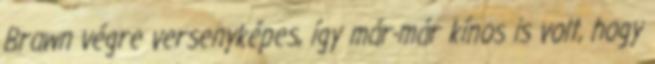
Brawn végre versenyképes, így már-már kínos is volt, hogy